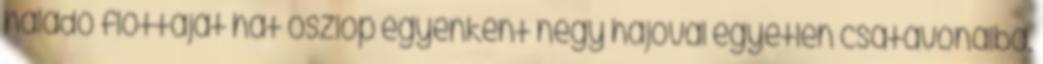
haladó flottáját hat oszlop egyenként négy hajóval egyetlen csatavonalba.